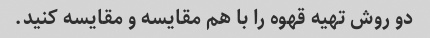
دو روش تهیه قهوه را با هم مقایسه و مقایسه کنید.